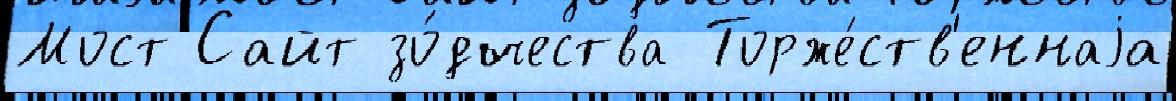
Мост Сайт зо́дчества Торже́ств'еннаjа